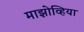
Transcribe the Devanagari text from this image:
माझोव्हिया